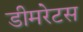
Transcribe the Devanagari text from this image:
डीमरेटस